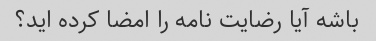
باشه آیا رضایت نامه را امضا کرده اید؟